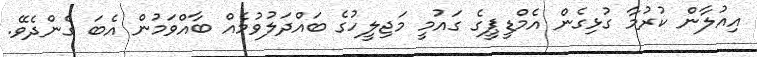
އިއުލާން ކުރުމާ ގުޅިގެން އެމްޑީޕީގެ ގައުމީ މަޖިލީހުގެ ބައްދަލުވުމެއް ބާއްވަމުން އެބަ ގެންދެވޭ.